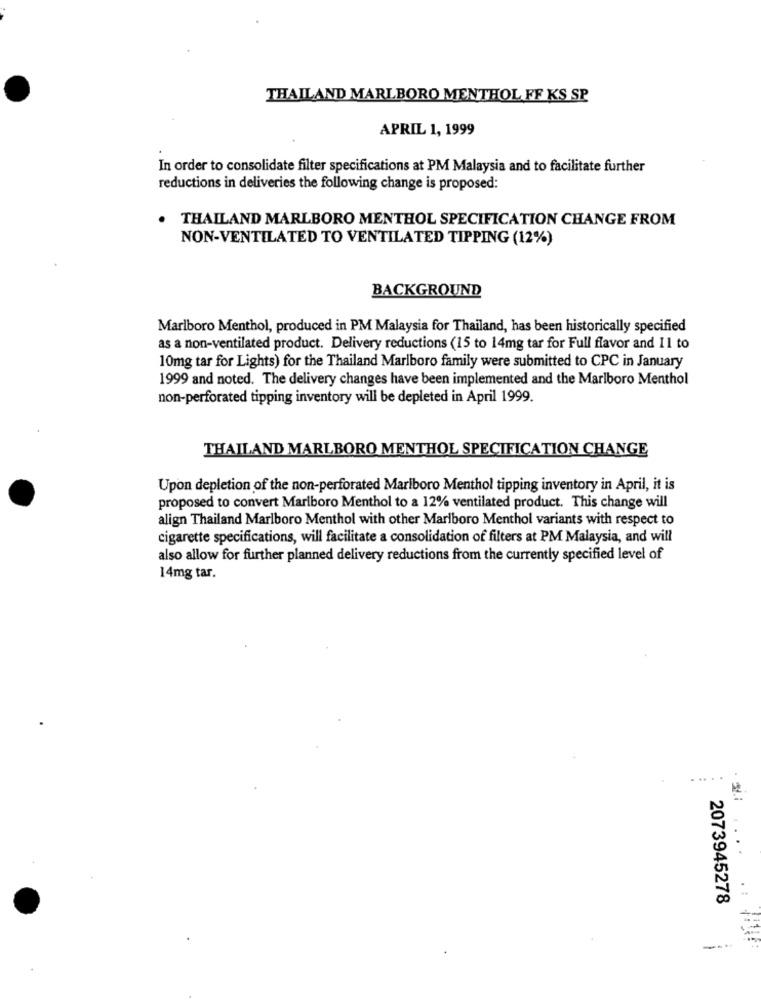
THAILAND MARLBORO MENTHOL FF KS SP
APRIL 1, 1999
In order to consolidate filter specifications at PM Malaysia and to facilitate further
reductions in deliveries the following change is proposed:
THAILAND MARLBORO MENTHOL SPECIFICATION CHANGE FROM
NON-VENTILATED TO VENTILATED TIPPING (12%)
BACKGROUND
Marlboro Menthol, produced in PM Malaysia for Thailand, has been historically specified
as a non-ventilated product. Delivery reductions (15 to 14mg tar for Full flavor and 11 to
10mg tar for Lights) for the Thailand Marlboro family were submitted to CPC in January
1999 and noted. The delivery changes have been implemented and the Marlboro Menthol
non-perforated tipping inventory will be depleted in April 1999.
THAILAND MARLBORO MENTHOL SPECIFICATION CHANGE
Upon depletion of the non-perforated Marlboro Menthol tipping inventory in April, it is
proposed to convert Marlboro Menthol to a 12% ventilated product. This change will
align Thailand Marlboro Menthol with other Marlboro Menthol variants with respect to
cigarette specifications, will facilitate a consolidation of filters at PM Malaysia, and will
also allow for further planned delivery reductions from the currently specified level of
14mg tar.
... .
2073945278
---